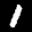
Label: 1